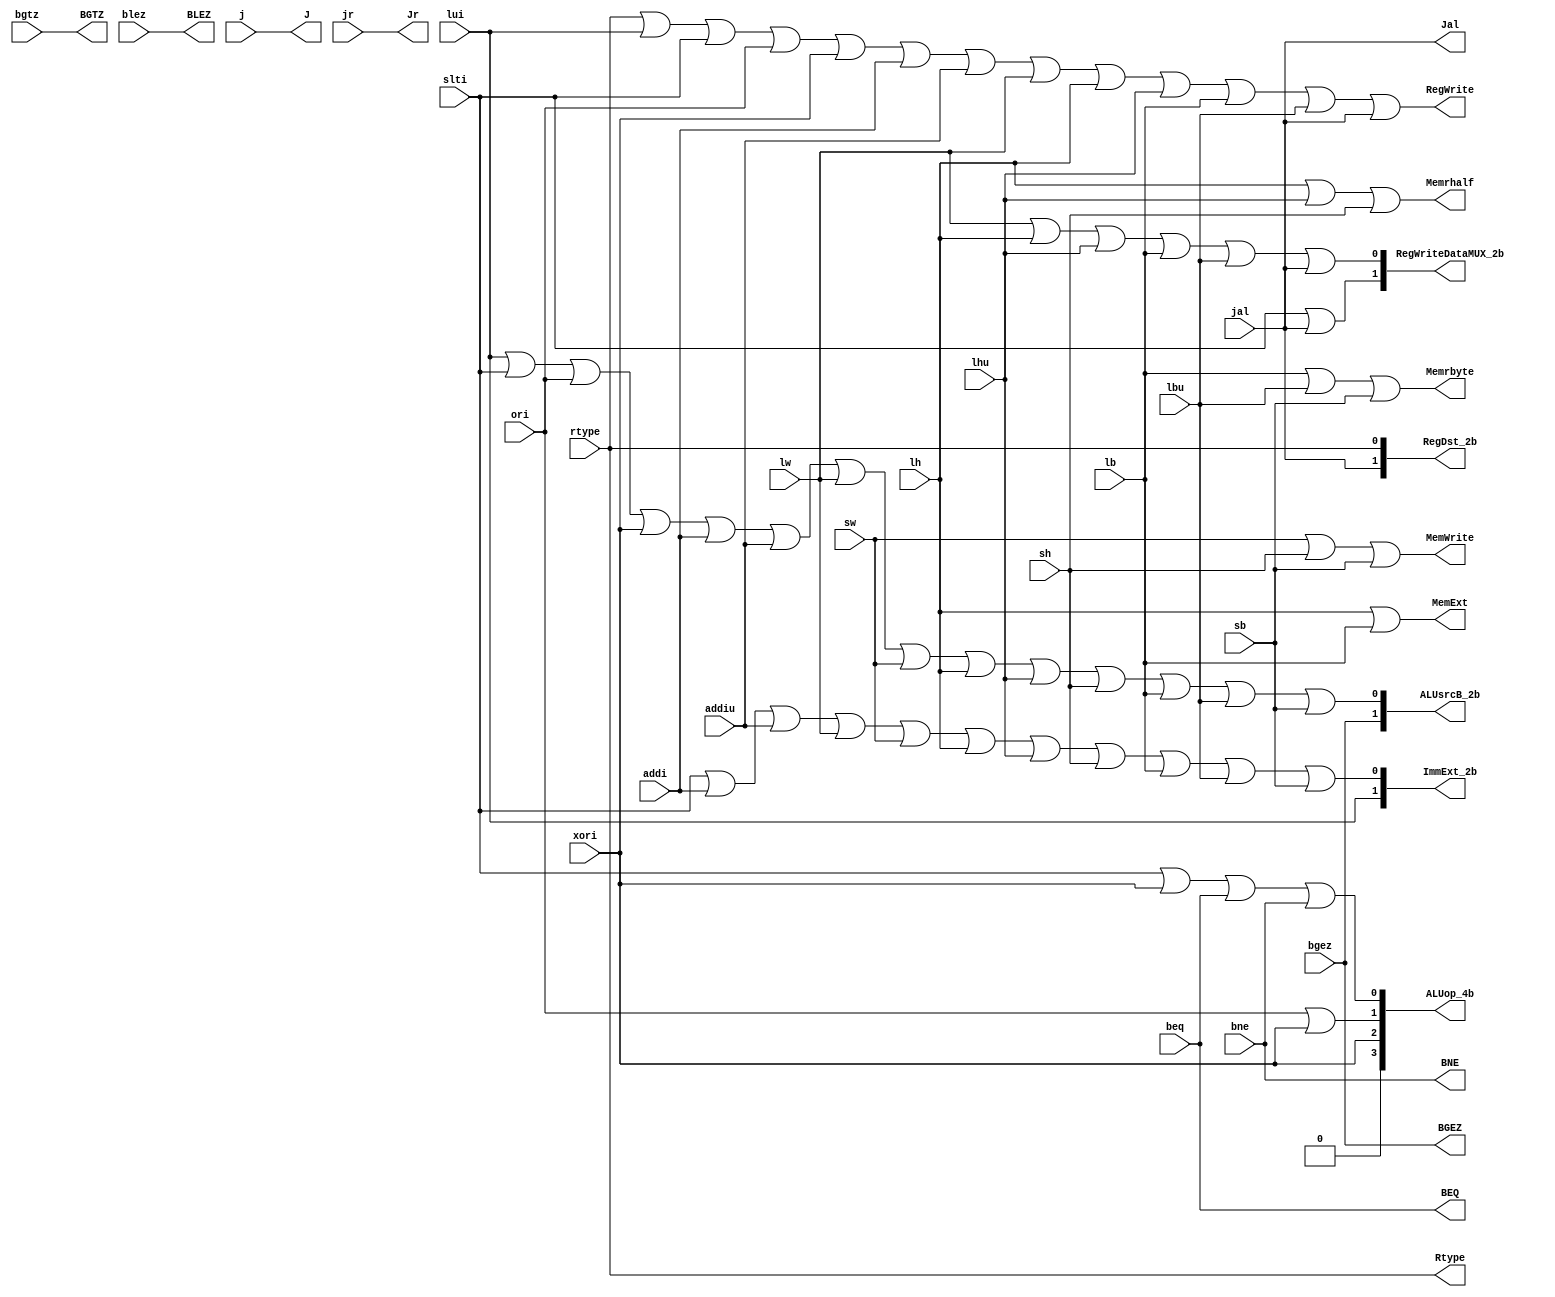
module SC(rtype, lui, slti, ori, xori, addi, addiu, lw, sw, lh, lhu, sh, lb, lbu, sb, beq, bgtz, bgez, bne, blez, j, jal, jr, 
    RegWrite,MemWrite,BEQ,BGTZ,BGEZ,BNE,BLEZ,J,Jal,Jr,Memrhalf,Memrbyte,MemExt,Rtype,RegDst_2b,ALUsrcB_2b, ImmExt_2b, RegWriteDataMUX_2b,ALUop_4b); //signals create 
    input wire rtype, lui, slti, ori, xori, addi, addiu, lw, sw, lh, lhu, sh, lb, lbu, sb, beq, bgtz, bgez, bne, blez, j, jal, jr;

    output reg  RegWrite, MemWrite, BEQ, BGTZ, BGEZ, BNE, BLEZ,J,Jal,Jr,Memrhalf,Memrbyte,MemExt,Rtype;

    output reg [1:0] RegDst_2b,ALUsrcB_2b, ImmExt_2b, RegWriteDataMUX_2b;
    output reg [3:0] ALUop_4b;

    always @(rtype, lui, slti, ori, xori, addi, addiu, lw, sw, lh, lhu, sh, lb, lbu, sb, beq, bgtz, bgez, bne, blez, j, jal, jr)
    begin
        RegWrite = rtype||lui||slti||ori||xori||addi||addiu||lw||lh||lhu||lb||lbu||jal;
        RegDst_2b[1] = jal;
        RegDst_2b[0] = rtype;

        ALUsrcB_2b[1] = bgez;
        ALUsrcB_2b[0] = lui||slti||ori||xori||addi||addiu||lw||sw||lh||lhu||sh||lb||lbu||sb;


        ImmExt_2b[1] = lui;
        ImmExt_2b[0] = slti||addi||addiu||lw||sw||lh||lhu||sh||lb||lbu||sb;


        MemWrite = sw||sh||sb;
        BEQ = beq;
        BGTZ = bgtz;
        BGEZ = bgez;
        BNE = bne;
        BLEZ = blez;
        J = j;
        Jal =  jal;
        Jr = jr;

        RegWriteDataMUX_2b[1] = slti||jal;
        RegWriteDataMUX_2b[0] = lw||lh||lhu||lb||lbu||jal;
        
        Memrhalf = lh||lhu||sh;
        Memrbyte = lb||lbu||sb;
        MemExt = lh||lb;
        Rtype = rtype;

        ALUop_4b[3] = 1'b0;
        ALUop_4b[2] = xori;
        ALUop_4b[1] = ori||xori;
        ALUop_4b[0] = slti||xori||beq||bne;
    end
endmodule